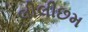
લીલીછમ